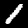
Digit: 1